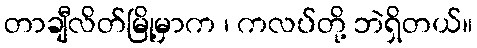
တာချီလိတ်မြို့မှာက ၊ ကလပ်တို့ ဘဲရှိတယ်။